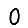
Digit: 0